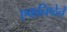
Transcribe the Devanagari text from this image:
एकनिष्ठेनें